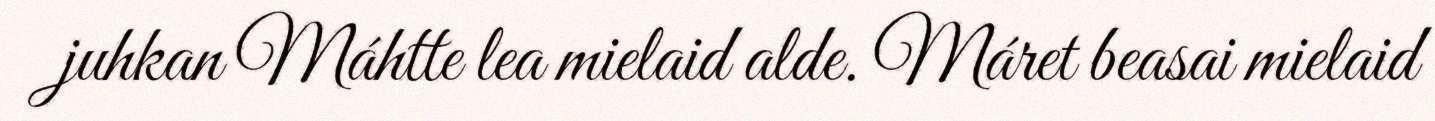
juhkan Máhtte lea mielaid alde. Máret beasai mielaid